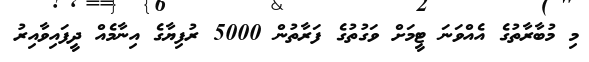
މި މުބާރާތުގެ އެއްވަނަ ޓީމަށް ވަގުތުގެ ފަރާތުން 5000 ރުފިޔާގެ އިނާމެއް ދީފައިވާއިރު